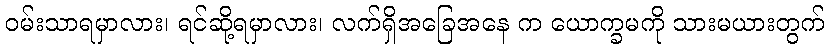
ဝမ်းသာရမှာလား၊ ရင်ဆို့ရမှာလား၊ လက်ရှိအခြေအနေ က ယောက္ခမကို သားမယားတွက်